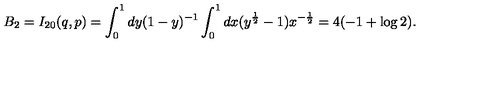
B _ { 2 } = I _ { 2 0 } ( q , p ) = \int _ { 0 } ^ { 1 } d y ( 1 - y ) ^ { - 1 } \int _ { 0 } ^ { 1 } d x ( y ^ { \frac 1 2 } - 1 ) x ^ { - \frac 1 2 } = 4 ( - 1 + \log 2 ) .